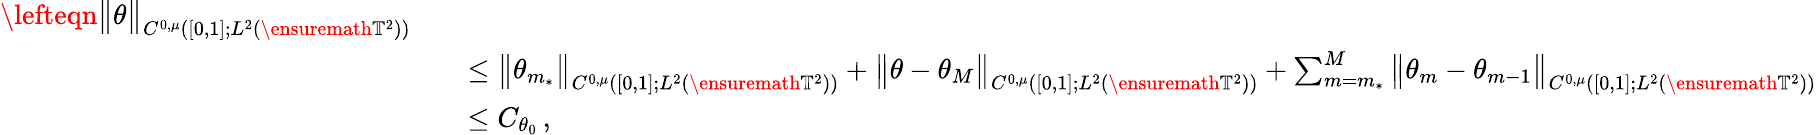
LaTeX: \begin{array}{rl}{\lefteqn{\big\| \theta\big\| _{C^{0,\mu}([0,1];L^{2}(\ensuremath{\mathbb{T}}^{2}))}}\quad}&{}\\ &{\leq\big\| \theta_{m_{*}}\big\| _{C^{0,\mu}([0,1];L^{2}(\ensuremath{\mathbb{T}}^{2}))}+\big\| \theta-\theta_{M}\big\| _{C^{0,\mu}([0,1];L^{2}(\ensuremath{\mathbb{T}}^{2}))}+\sum_{m=m_{*}}^{M}\big\| \theta_{m}-\theta_{m-1}\big\| _{C^{0,\mu}([0,1];L^{2}(\ensuremath{\mathbb{T}}^{2}))}}\\ &{\leq C_{\theta_{0}}\, ,}\end{array}